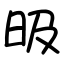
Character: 昅